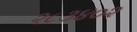
૨૮૩૪૦૨